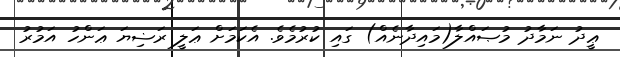
ޢީދު ނަމާދު މުޞައްލާ(މައިދާނެއް) ގައި ކުރުމެވެ. އެކަމަށް ޢަލީ ރަޟިޔަ ޢަންހު އަމުރު